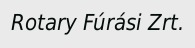
Rotary Fúrási Zrt.